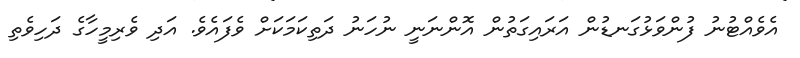
އެވެއްޓުނު ފުންވަޅުގަނޑުން އަރައިގަތުން އޮންނަނީ ނުހަނު ދަތިކަމަކަށް ވެފައެވެ. އަދި ވެރިމީހާގެ ދަހިވެތި